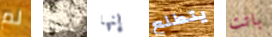
لم أصبح إنها يتطلع باتت